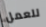
للعمل